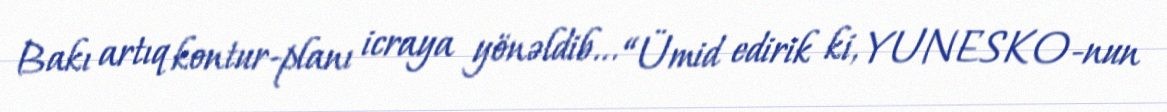
Bakı artıq kontur-planı icraya yönəldib... “Ümid edirik ki, YUNESKO-nun